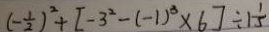
( - \frac { 1 } { 2 } ) ^ { 2 } + [ - 3 ^ { 2 } - ( - 1 ) ^ { 3 } \times 6 ] \div 1 \frac { 1 } { 5 }